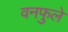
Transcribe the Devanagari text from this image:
वनफुले